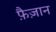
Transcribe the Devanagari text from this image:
फ़ैज़ान